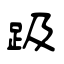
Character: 趿